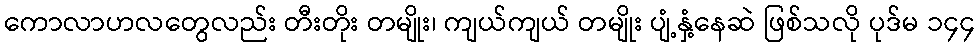
ကောလာဟလတွေလည်း တီးတိုး တမျိုး၊ ကျယ်ကျယ် တမျိုး ပျံ့နှံ့နေဆဲ ဖြစ်သလို ပုဒ်မ ၁၄၄